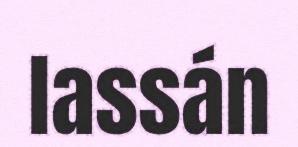
lassán